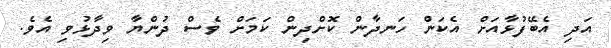
އަދި އެބޭފުޅާއަށް އެކަން ހަނދާން ކޮށްދިން ކަމަށް ވެސް ދުންޔާ ވިދާޅުވި އެވެ.